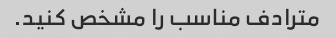
مترادف مناسب را مشخص کنید.